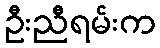
ဦးညီရမ်းက